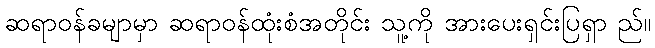
ဆရာဝန်ခမျာမှာ ဆရာဝန်ထုံးစံအတိုင်း သူ့ကို အားပေးရှင်းပြရှာ ည်။